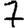
Digit: 7